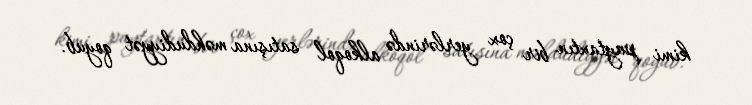
kimi paytaxtın bir çox yerlərində alkoqol satışına məhdudiyyət qoyub.